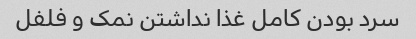
سرد بودن کامل غذا نداشتن نمک و فلفل